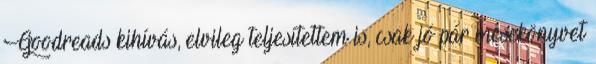
Goodreads kihívás, elvileg teljesítettem is, csak jó pár mesekönyvet